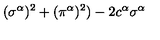
( \sigma ^ { \alpha } ) ^ { 2 } + ( \pi ^ { \alpha } ) ^ { 2 } ) - 2 c ^ { \alpha } \sigma ^ { \alpha }